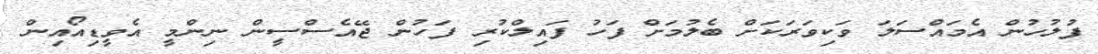
ފުލުހުން އެމައްސަލަ ވަކިވަރަކަށް ބެލުމަށް ފަހު ފައިލްކުރި ފަހުން ޖޭއެސްސީން ނިންމީ އެވީޑިއޯއިން